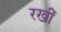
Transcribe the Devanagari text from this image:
रखीँ